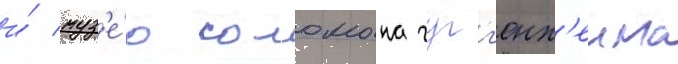
и́ муз'е́ю соломона гугг'енх'еима